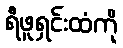
ရီဖူရှင်းထံကို